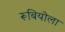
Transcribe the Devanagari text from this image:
रूबियोला